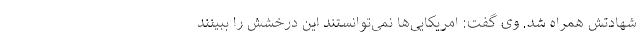
شهادتش همراه شد. وی گفت: امریکایی‌ها نمی‌توانستند این درخشش را ببینند